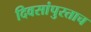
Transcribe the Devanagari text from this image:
दिवसांपुरताच